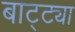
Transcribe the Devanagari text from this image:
बाट्ट्या